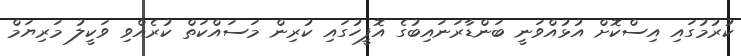
ކުރުމުގައި އިސްކޮށް އުޅުއްވަނީ ބަންޑާރަނައިބުގެ އޮފީހުގައި ކުރިން މަސައްކަތް ކުރެއްވި ވަކީލު މަރިޔަމް